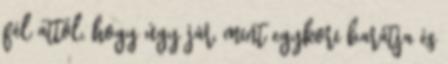
fél attól, hogy úgy jár, mint egykori barátja és